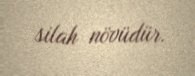
silah növüdür.